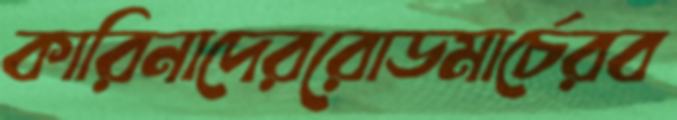
কারিনাদেররোডমার্চেরব